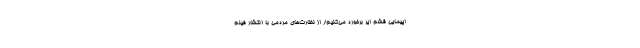
اپیمایی قشم ایر برخورد می‌کنیم/ از نظارت‌های مردمی با انتشار فیلم